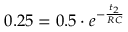
0 . 2 5 = 0 . 5 \cdot e ^ { - \frac { t _ { 2 } } { R C } }